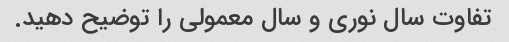
تفاوت سال نوری و سال معمولی را توضیح دهید.